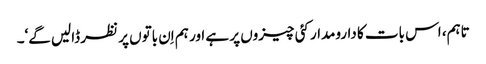
تاہم، اس بات کا دارومدار کئی چیزوں پر ہے اور ہم اِن باتوں پر نظر ڈالیں گے‘۔